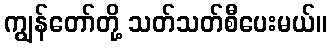
ကျွန်တော်တို့ သတ်သတ်စီပေးမယ်။